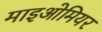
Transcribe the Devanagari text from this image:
माइओमियर